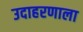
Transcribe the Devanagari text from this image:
उदाहरणाला